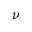
\nu